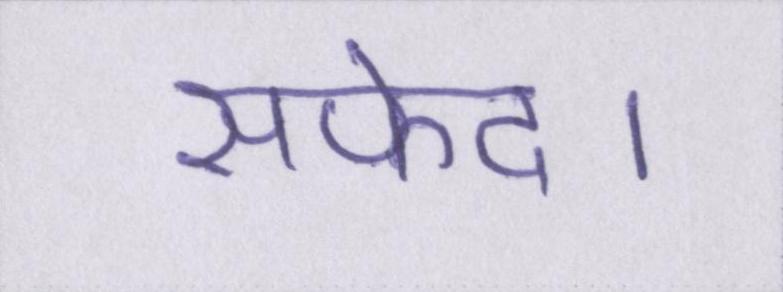
सफेद।